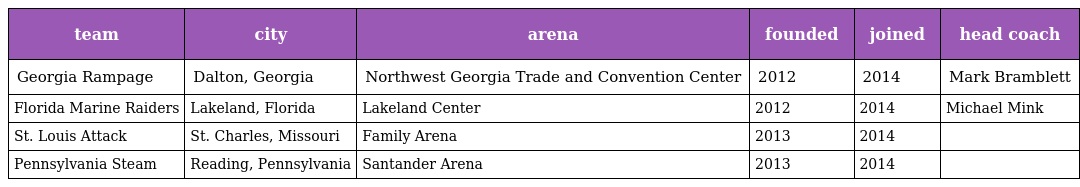
| team | city | arena | founded | joined | head coach |
 | --- | --- | --- | --- | --- | --- |
 | Georgia Rampage | Dalton, Georgia | Northwest Georgia Trade and Convention Center | 2012 | 2014 | Mark Bramblett |
 | Florida Marine Raiders | Lakeland, Florida | Lakeland Center | 2012 | 2014 | Michael Mink |
 | St. Louis Attack | St. Charles, Missouri | Family Arena | 2013 | 2014 |  |
 | Pennsylvania Steam | Reading, Pennsylvania | Santander Arena | 2013 | 2014 |  |